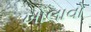
ખોલાવો